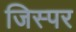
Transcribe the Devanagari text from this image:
जिस्पर